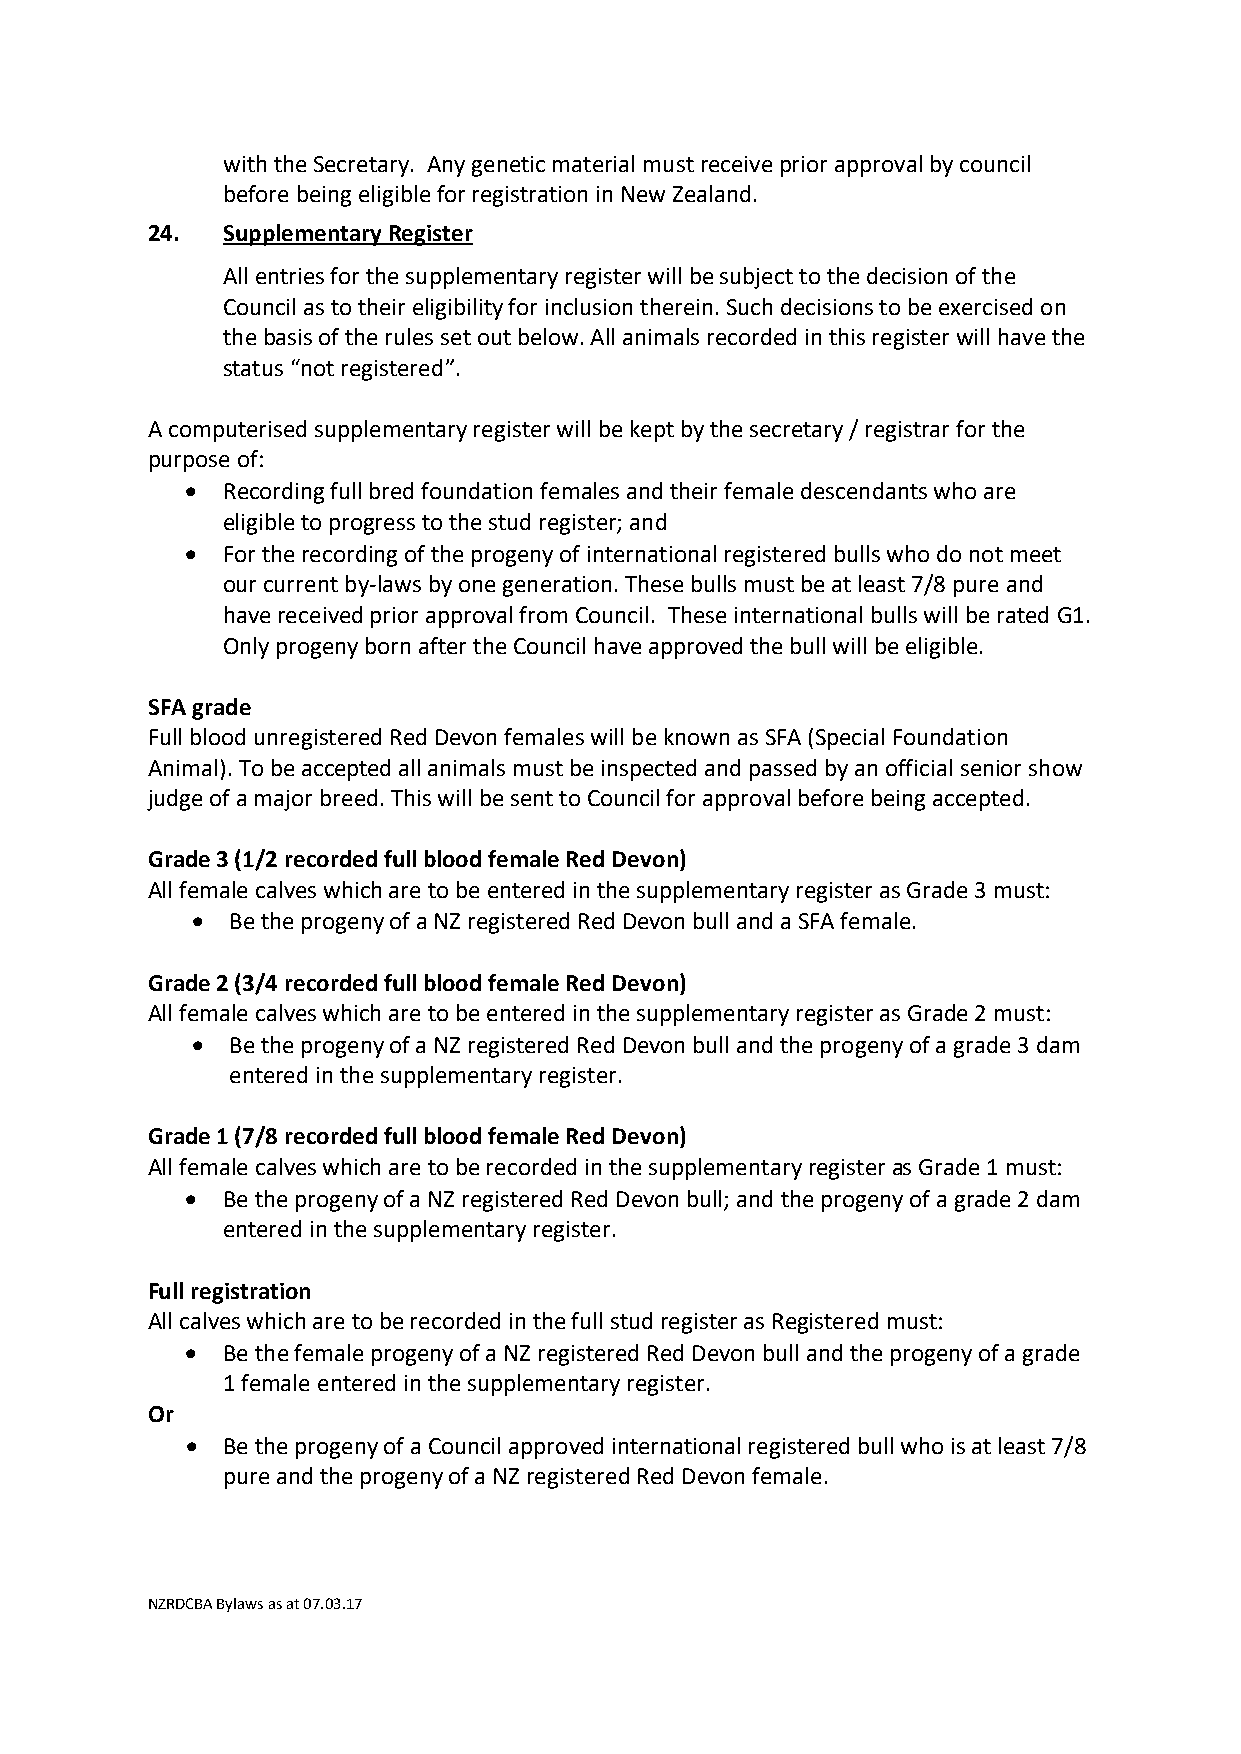
with the Secretary. Any genetic material must receive prior approval by council
 before being eligible for registration in New Zealand.
 24.  Supplementary Register
 All entries for the supplementary register will be subject to the decision of the
 Council as to their eligibility for inclusion therein. Such decisions to be exercised on
 the basis of the rules set out below. All animals recorded in this register will have the
 status “not registered”.
 A computerised supplementary register will be kept by the secretary / registrar for the
 purpose of:
 •  Recording full bred foundation females and their female descendants who are
 eligible to progress to the stud register; and
 •  For the recording of the progeny of international registered bulls who do not meet
 our current by-laws by one generation. These bulls must be at least 7/8 pure and
 have received prior approval from Council. These international bulls will be rated G1.
 Only progeny born after the Council have approved the bull will be eligible.
 SFA grade
 Full blood unregistered Red Devon females will be known as SFA (Special Foundation
 Animal). To be accepted all animals must be inspected and passed by an official senior show
 judge of a major breed. This will be sent to Council for approval before being accepted.
 Grade 3 (1/2 recorded full blood female Red Devon)
 All female calves which are to be entered in the supplementary register as Grade 3 must:
 • Be the progeny of a NZ registered Red Devon bull and a SFA female.
 Grade 2 (3/4 recorded full blood female Red Devon)
 All female calves which are to be entered in the supplementary register as Grade 2 must:
 • Be the progeny of a NZ registered Red Devon bull and the progeny of a grade 3 dam
 entered in the supplementary register.
 Grade 1 (7/8 recorded full blood female Red Devon)
 All female calves which are to be recorded in the supplementary register as Grade 1 must:
 •  Be the progeny of a NZ registered Red Devon bull; and the progeny of a grade 2 dam
 entered in the supplementary register.
 Full registration
 All calves which are to be recorded in the full stud register as Registered must:
 •  Be the female progeny of a NZ registered Red Devon bull and the progeny of a grade
 1 female entered in the supplementary register.
 Or
 •  Be the progeny of a Council approved international registered bull who is at least 7/8
 pure and the progeny of a NZ registered Red Devon female.
 NZRDCBA Bylaws as at 07.03.17